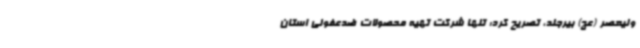
ولیعصر (عج) بیرجند، تصریح کرد: تنها شرکت تهیه محصولات ضدعفونی استان